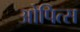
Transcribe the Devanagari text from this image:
ओपित्स